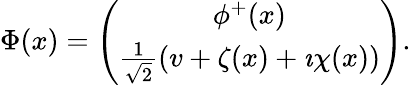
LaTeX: \begin{array}{r}{\Phi(x)=\left(\begin{array}{c}{\phi^{+}(x)}\\ {\frac{1}{\sqrt{2}}(v+\zeta(x)+\imath\chi(x))}\end{array}\right).}\end{array}